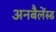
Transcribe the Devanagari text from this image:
अनबैलेंस्ड